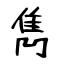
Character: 雋